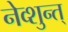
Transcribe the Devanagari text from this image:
नेव्शुन्त्